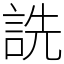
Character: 詵